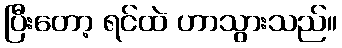
ပြီးတော့ ရင်ထဲ ဟာသွားသည်။